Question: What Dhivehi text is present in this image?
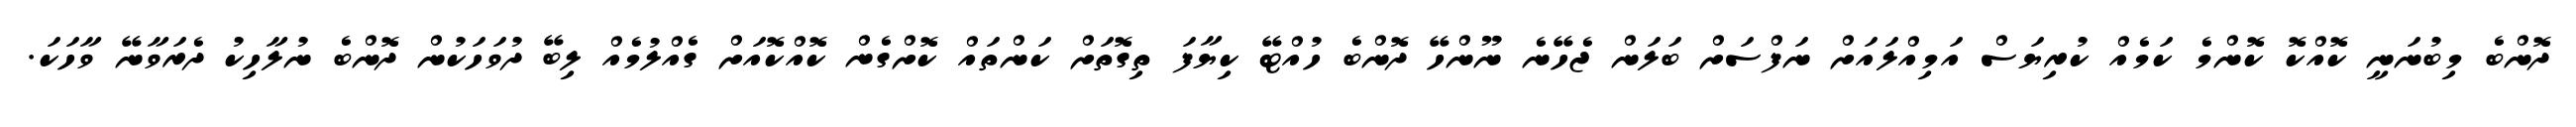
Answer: ދޮންބެ މިބުނަނީ ކޮއްކޮ ކޮންމެ ކަމެއް ކުރިޔަސް އަމިއްލައަށް ނަފްސަށް ބަލަން ޖެހޭނެ ނޫންހޭ ދޮންބެ ހުއްޓޭ ކިޔާފަ ތިގޮތަށް ކަންތައް ކޮށްގެން ކޮއްކޮއަށް ގެއްލުމެއް ލިބޭ ދުވަހަކުން ދޮންބެ ނުލާހިކު ދެރަވާނޭ ވާހަކަ.